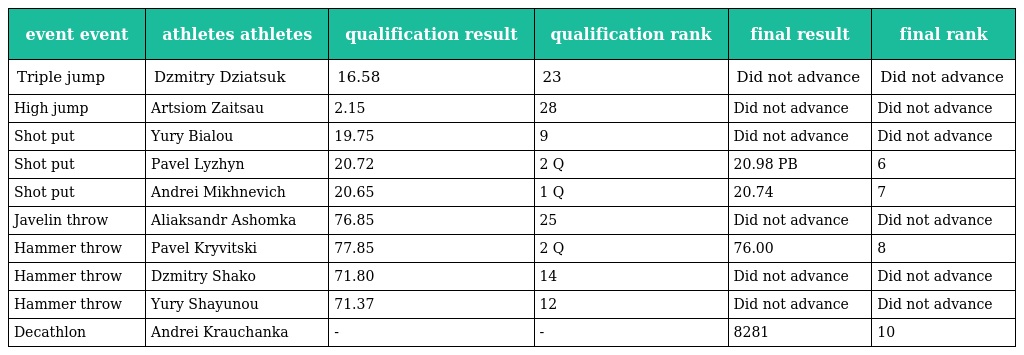
| event event | athletes athletes | qualification result | qualification rank | final result | final rank |
 | --- | --- | --- | --- | --- | --- |
 | Triple jump | Dzmitry Dziatsuk | 16.58 | 23 | Did not advance | Did not advance |
 | High jump | Artsiom Zaitsau | 2.15 | 28 | Did not advance | Did not advance |
 | Shot put | Yury Bialou | 19.75 | 9 | Did not advance | Did not advance |
 | Shot put | Pavel Lyzhyn | 20.72 | 2 Q | 20.98 PB | 6 |
 | Shot put | Andrei Mikhnevich | 20.65 | 1 Q | 20.74 | 7 |
 | Javelin throw | Aliaksandr Ashomka | 76.85 | 25 | Did not advance | Did not advance |
 | Hammer throw | Pavel Kryvitski | 77.85 | 2 Q | 76.00 | 8 |
 | Hammer throw | Dzmitry Shako | 71.80 | 14 | Did not advance | Did not advance |
 | Hammer throw | Yury Shayunou | 71.37 | 12 | Did not advance | Did not advance |
 | Decathlon | Andrei Krauchanka | - | - | 8281 | 10 |